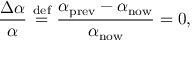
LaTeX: { \frac { \Delta \alpha } { \alpha } } \ { \stackrel { \mathrm { d e f } } { = } } \ { \frac { \alpha _ { \mathrm { p r e v } } - \alpha _ { \mathrm { n o w } } } { \alpha _ { \mathrm { n o w } } } } = 0 ,